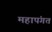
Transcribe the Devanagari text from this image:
महापंगत